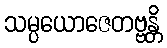
သမ္ပယောဇေတဗ္ဗန္တိ